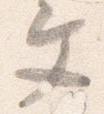
文